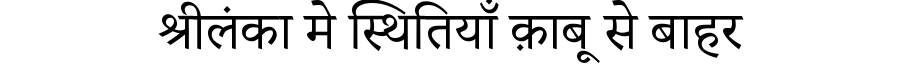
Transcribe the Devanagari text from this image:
श्रीलंका मे स्थितियाँ क़ाबू से बाहर